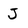
Character: J